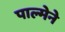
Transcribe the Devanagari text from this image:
पाल्मेने